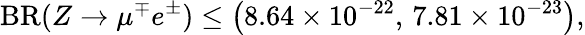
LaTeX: {\mathrm{BR}}(Z\to\mu^{\mp}e^{\pm})\le\left(8.64\times 10^{-22},\, 7.81\times 10^{-23}\right),